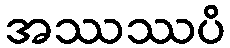
အဿဿပိ